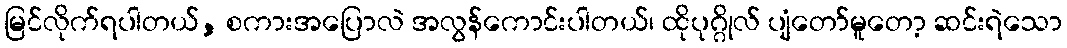
မြင်လိုက်ရပါတယ်, စကားအပြောလဲ အလွန်ကောင်းပါတယ်၊ ထိုပုဂ္ဂိုလ် ပျံတော်မူတော့ ဆင်းရဲသော